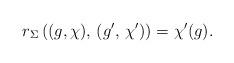
LaTeX: \begin{align*}r_\Sigma \left((g,\chi),\,(g',\,\chi')\right) = \chi'(g) .\end{align*}